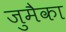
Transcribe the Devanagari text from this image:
जुमैका